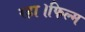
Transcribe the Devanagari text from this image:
रहा।फिल्म